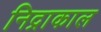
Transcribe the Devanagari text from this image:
निद्राकाल